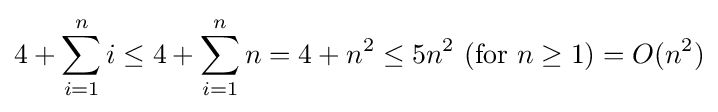
4+\sum _{i=1}^{n}i\leq 4+\sum _{i=1}^{n}n=4+n^{2}\leq 5n^{2}\ ({\text{for }}n\geq 1)=O(n^{2})